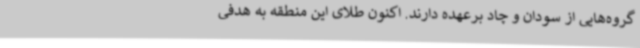
گروه‌هایی از سودان و چاد برعهده دارند. اکنون طلای این منطقه به هدفی